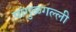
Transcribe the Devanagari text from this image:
पांगुळगल्ली